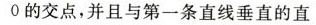
0$$的交点，并且与第一条直线垂直的直